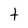
Character: t